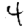
Digit: 4